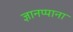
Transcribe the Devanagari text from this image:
ज्ञानप्पाना